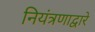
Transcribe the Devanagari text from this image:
नियंत्रणाद्वारे